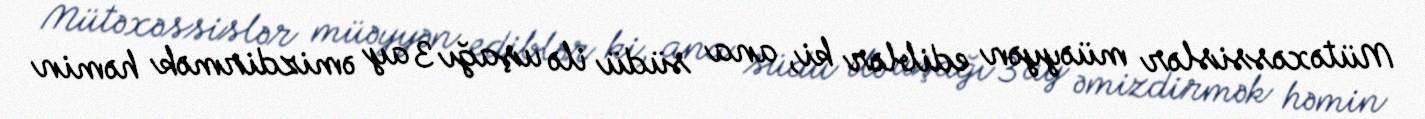
Mütəxəssislər müəyyən ediblər ki, ana südü ilə uşağı 3 ay əmizdirmək həmin